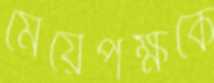
মেয়েপক্ষকে